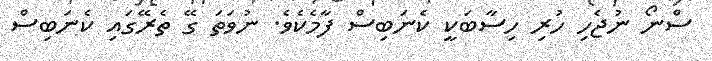
ސްނޯ ނުޖެހި ހުރި ހިސާބަކީ ކެނަބިސް ފާމެކެވެ. ނުވަތަ ގޭ ތެރޭގައި ކެނަބިސް